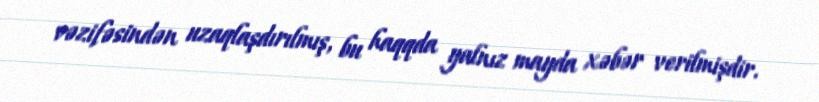
vəzifəsindən uzaqlaşdırılmış, bu haqqda yalnız mayda xəbər verilmişdir.